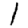
Digit: 1